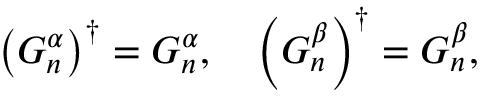
\left( G _ { n } ^ { \alpha } \right) ^ { \dagger } = G _ { n } ^ { \alpha } , \quad \left( G _ { n } ^ { \beta } \right) ^ { \dagger } = G _ { n } ^ { \beta } ,